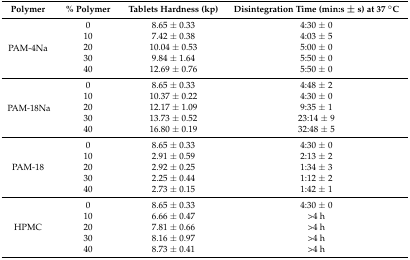
<table><thead><tr><td><b>Polymer</b></td><td><b>% Polymer</b></td><td><b>Tablets Hardness (kp)</b></td><td><b>Disintegration Time (min:s ± s) at 37 °C</b></td></tr></thead><tbody><tr><td rowspan="5">PAM-4Na</td><td>0</td><td>8.65 ± 0.33</td><td>4:30 ± 0</td></tr><tr><td>10</td><td>7.42 ± 0.38</td><td>4:03 ± 5</td></tr><tr><td>20</td><td>10.04 ± 0.53</td><td>5:00 ± 0</td></tr><tr><td>30</td><td>9.84 ± 1.64</td><td>5:50 ± 0</td></tr><tr><td>40</td><td>12.69 ± 0.76</td><td>5:50 ± 0</td></tr><tr><td rowspan="5">PAM-18Na</td><td>0</td><td>8.65 ± 0.33</td><td>4:48 ± 2</td></tr><tr><td>10</td><td>10.37 ± 0.22</td><td>4:30 ± 0</td></tr><tr><td>20</td><td>12.17 ± 1.09</td><td>9:35 ± 1</td></tr><tr><td>30</td><td>13.73 ± 0.52</td><td>23:14 ± 9</td></tr><tr><td>40</td><td>16.80 ± 0.19</td><td>32:48 ± 5</td></tr><tr><td rowspan="5">PAM-18</td><td>0</td><td>8.65 ± 0.33</td><td>4:30 ± 0</td></tr><tr><td>10</td><td>2.91 ± 0.59</td><td>2:13 ± 2</td></tr><tr><td>20</td><td>2.92 ± 0.25</td><td>1:34 ± 3</td></tr><tr><td>30</td><td>2.25 ± 0.44</td><td>1:12 ± 2</td></tr><tr><td>40</td><td>2.73 ± 0.15</td><td>1:42 ± 1</td></tr><tr><td rowspan="5">HPMC</td><td>0</td><td>8.65 ± 0.33</td><td>4:30 ± 0</td></tr><tr><td>10</td><td>6.66 ± 0.47</td><td>&gt;4 h</td></tr><tr><td>20</td><td>7.81 ± 0.66</td><td>&gt;4 h</td></tr><tr><td>30</td><td>8.16 ± 0.97</td><td>&gt;4 h</td></tr><tr><td>40</td><td>8.73 ± 0.41</td><td>&gt;4 h</td></tr></tbody></table>